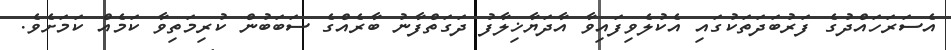
އެސަރަހައްދުގެ ފަރުބަދަތަކުގައި އެކުލެވިފައިވާ އާދަޔާޚިލާފު ދަގަތްފާނު ބާރެއްގެ ސަބަބުން ކުރިމަތިވާ ކަމެއް ކަމަށެވެ.